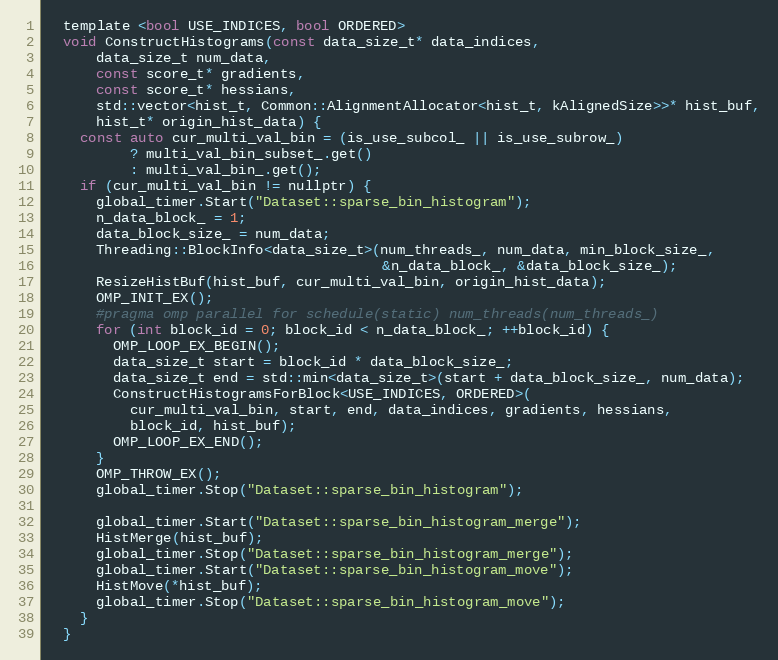
Language: C
  template <bool USE_INDICES, bool ORDERED>
  void ConstructHistograms(const data_size_t* data_indices,
      data_size_t num_data,
      const score_t* gradients,
      const score_t* hessians,
      std::vector<hist_t, Common::AlignmentAllocator<hist_t, kAlignedSize>>* hist_buf,
      hist_t* origin_hist_data) {
    const auto cur_multi_val_bin = (is_use_subcol_ || is_use_subrow_)
          ? multi_val_bin_subset_.get()
          : multi_val_bin_.get();
    if (cur_multi_val_bin != nullptr) {
      global_timer.Start("Dataset::sparse_bin_histogram");
      n_data_block_ = 1;
      data_block_size_ = num_data;
      Threading::BlockInfo<data_size_t>(num_threads_, num_data, min_block_size_,
                                        &n_data_block_, &data_block_size_);
      ResizeHistBuf(hist_buf, cur_multi_val_bin, origin_hist_data);
      OMP_INIT_EX();
      #pragma omp parallel for schedule(static) num_threads(num_threads_)
      for (int block_id = 0; block_id < n_data_block_; ++block_id) {
        OMP_LOOP_EX_BEGIN();
        data_size_t start = block_id * data_block_size_;
        data_size_t end = std::min<data_size_t>(start + data_block_size_, num_data);
        ConstructHistogramsForBlock<USE_INDICES, ORDERED>(
          cur_multi_val_bin, start, end, data_indices, gradients, hessians,
          block_id, hist_buf);
        OMP_LOOP_EX_END();
      }
      OMP_THROW_EX();
      global_timer.Stop("Dataset::sparse_bin_histogram");

      global_timer.Start("Dataset::sparse_bin_histogram_merge");
      HistMerge(hist_buf);
      global_timer.Stop("Dataset::sparse_bin_histogram_merge");
      global_timer.Start("Dataset::sparse_bin_histogram_move");
      HistMove(*hist_buf);
      global_timer.Stop("Dataset::sparse_bin_histogram_move");
    }
  }